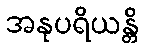
အနုပရိယန္တိ